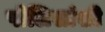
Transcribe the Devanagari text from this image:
पोलिसांशी